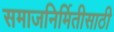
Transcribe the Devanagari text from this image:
समाजनिर्मितीसाठी